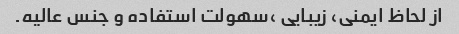
از لحاظ ایمنی، زیبایی ،سهولت استفاده و جنس عالیه.